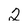
Character: 2